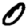
Digit: 0